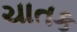
ચાતક